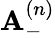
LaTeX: {\mathbf A}_{-}^{(n)}